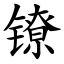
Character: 镣